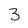
Character: 3